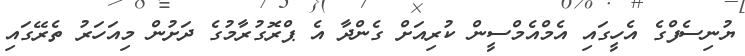
ޔުނިސެފްގެ އެހީގައި އެމްއެމްސީން ކުރިއަށް ގެންދާ އެ ޕްރޮގުރާމުގެ ދަށުން މިއަހަރު ތެރޭގައި